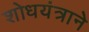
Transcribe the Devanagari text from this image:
शोधयंत्राने